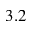
3 . 2